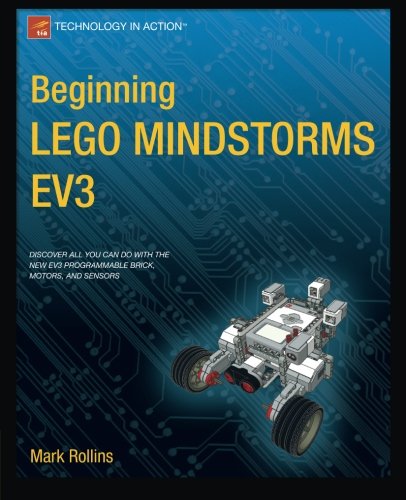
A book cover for Beginning LEGO MINDSTORMS EV3: (B&W); Mark Rollins; Computers & Technology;